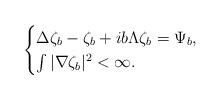
LaTeX: \begin{align*}\begin{cases}\Delta \zeta_{b}-\zeta_{b}+ib\Lambda\zeta_{b}=\Psi_{b},\\\int |\nabla \zeta_{b}|^{2}<\infty.\end{cases}\end{align*}